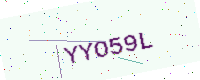
Text: YYO59L